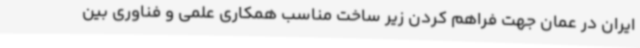
ایران در عمان جهت فراهم کردن زیر ساخت مناسب همکاری علمی و فناوری بین